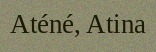
Aténé, Atina